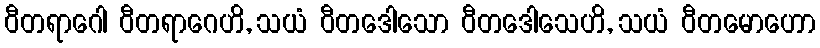
ဝီတရာဂေါ ဝီတရာဂေဟိ, သယံ ဝီတဒေါသော ဝီတဒေါသေဟိ, သယံ ဝီတမောဟော